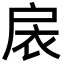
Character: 扆